Annual administration report of the Civil Veterinary Department of India - 1902-1903
Year: 1902
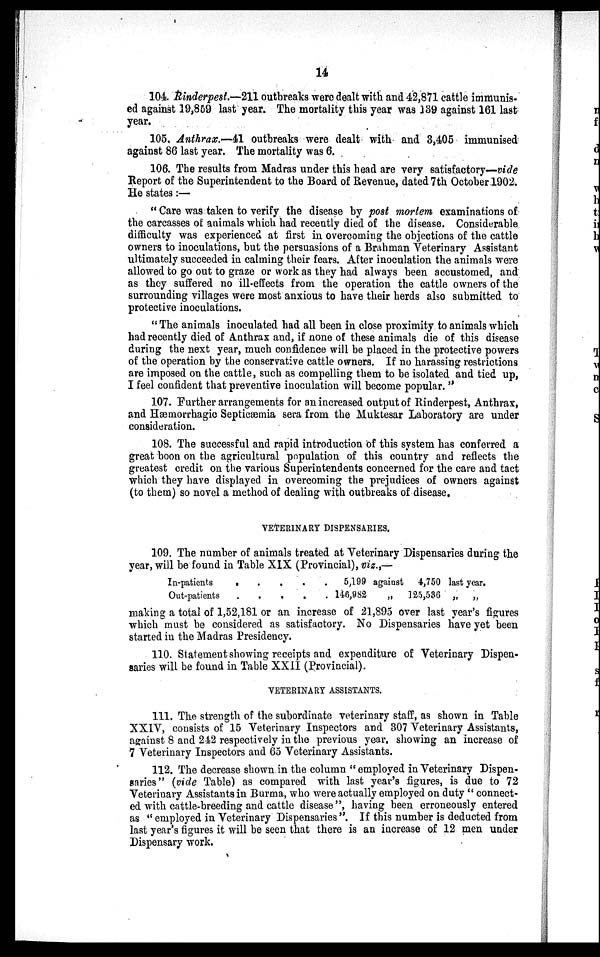
14
104. Rinderpest.—211 outbreaks were dealt with and 42,871 cattle immunis-
ed against 19,859 last year. The mortality this year was 139 against 161 last
year.
105. Anthrax.—41 outbreaks were dealt with and 3,405 immunised
against 86 last year. The mortality was 6.
106. The results from Madras under this head are very satisfactory—vide
Report of the Superintendent to the Board of Revenue, dated 7th October 1902.
He states:—
"Care was taken to verify the disease by post mortem examinations of
the carcasses of animals which had recently died of the disease. Considerable
difficulty was experienced at first in overcoming the objections of the cattle
owners to inoculations, but the persuasions of a Brahman Veterinary Assistant
ultimately succeeded in calming their fears. After inoculation the animals were
allowed to go out to graze or work as they had always been accustomed, and
as they suffered no ill-effects from the operation the cattle owners of the
surrounding villages were most anxious to have their herds also submitted to
protective inoculations.
"The animals inoculated had all been in close proximity to animals which
had recently died of Anthrax and, if none of these animals die of this disease
during the next year, much confidence will be placed in the protective powers
of the operation by the conservative cattle owners. If no harassing restrictions
are imposed on the cattle, such as compelling them to be isolated and tied up,
I feel confident that preventive inoculation will become popular."
107. Further arrangements for an increased output of Rinderpest, Anthrax,
and Hæmorrhagic Septicæmia sera from the Muktesar Laboratory are under
consideration.
108. The successful and rapid introduction of this system has conferred a
great boon on the agricultural population of this country and reflects the
greatest credit on the various Superintendents concerned for the care and tact
which they have displayed in overcoming the prejudices of owners against
(to them) so novel a method of dealing with outbreaks of disease.
VETERINARY DISPENSARIES.
109. The number of animals treated at Veterinary Dispensaries during the
year, will be found in Table XIX (Provincial), viz.,—
In-patients . . . . .
Out-patients . . . . .
5,199 against
146,982
„
4,750 last year.
125,536 „
„
making a total of 1,52,181 or an increase of 21,895 over last year's figures
which must be considered as satisfactory. No Dispensaries have yet been
started in the Madras Presidency.
110. Statement showing receipts and expenditure of Veterinary Dispen-
saries will be found in Table XXII (Provincial).
VETERINARY ASSISTANTS.
111. The strength of the subordinate veterinary staff, as shown in Table
XXIV, consists of 15 Veterinary Inspectors and 307 Veterinary Assistants,
against 8 and 242 respectively in the previous year, showing an increase of
7 Veterinary Inspectors and 65 Veterinary Assistants.
112. The decrease shown in the column "employed in Veterinary Dispen-
saries" (vide Table) as compared with last year's figures, is due to 72
Veterinary Assistants in Burma, who were actually employed on duty "connect-
ed with cattle-breeding and cattle disease", having been erroneously entered
as "employed in Veterinary Dispensaries". If this number is deducted from
last year's figures it will be seen that there is an increase of 12 men under
Dispensary work.